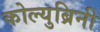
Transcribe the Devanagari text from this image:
कोल्युब्रिनी